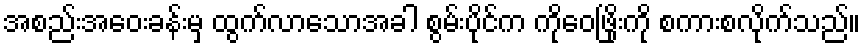
အစည်းအဝေးခန်းမှ ထွက်လာသောအခါ စွမ်းပိုင်က ကိုဝေဖြိုးကို စကားစလိုက်သည်။